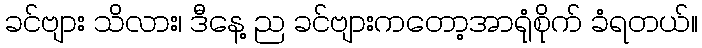
ခင်ဗျား သိလား၊ ဒီနေ့ ည ခင်ဗျားကတော့အာရုံစိုက် ခံရတယ်။